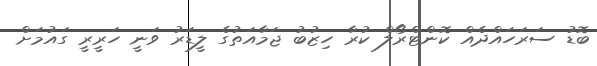
ބޮޑު ސަރަހައްދެއް ކޮންޓްރޯލް ކުރާ ހިޒުބު ޖަމާއަތުގެ ލީޑަރު ވަނީ ހަރީރީ ގައުމަށް